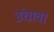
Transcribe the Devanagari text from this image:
उंचावा